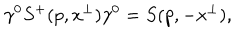
LaTeX: \gamma ^ { 0 } S ^ { + } ( p , x ^ { \perp } ) \gamma ^ { 0 } = S ( p , - x ^ { \perp } ) ,